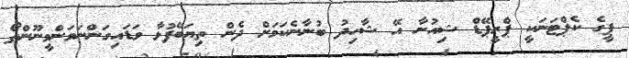
ޕީގެ ކެޕްޓަނަކީ ޕްރީޕޭޑް ޝިއުނާ އޭ ޝާހިދު ބުނާނެކަމަށް ދެން ތިޔަބޭފުޅާ ވަޑައިގަންނަވަންވީނޫންތޯ